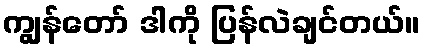
ကျွန်တော် ဒါကို ပြန်လဲချင်တယ်။